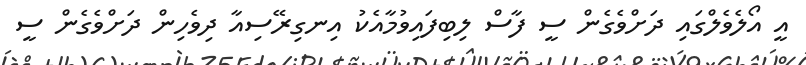
އީ އޯލެވެލްގައި ދަށްވެގެން ސީ ފާސް ލިބިފައިވުމާއެކު އިނގިރޭސިއާ ދިވެހިން ދަށްވެގެން ސީ